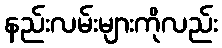
နည်းလမ်းများကိုလည်း